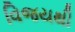
વિજયથી